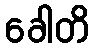
ခေါတိ